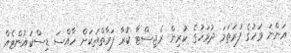
އަންނަ މަހުގެ ފުރަތަމަ ދުވަހުގެ ކުރިން ރެޖިސްޓާ ކުރާ ފަރާތްތަކަށް ހާއްސަ ޑިސްކައުންޓެއް